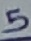
Text: 5